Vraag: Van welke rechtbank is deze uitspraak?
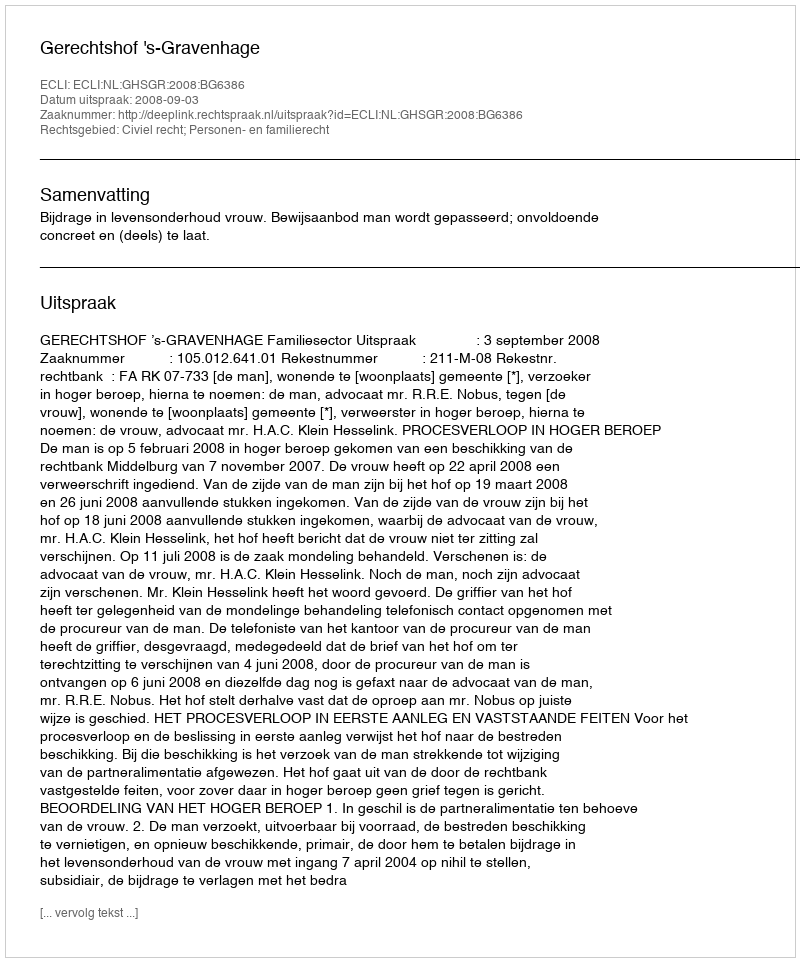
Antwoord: Gerechtshof 's-Gravenhage